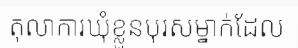
តុលាការឃុំខ្លួនបុរសម្នាក់ដែល